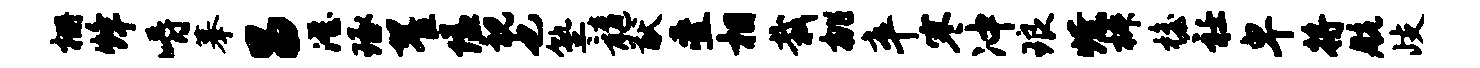
栅烽嚼摹昌澄琢翟隘视也塾髓猷叠相栽桃卒寒冲琅燎椒檐衽卑将航歧